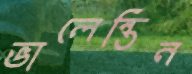
ভালেন্তিন